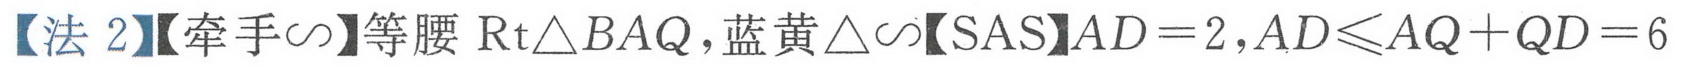
【法 2】【牵手\(\sim\)】等腰\(\text{Rt}\triangle BAQ\)，蓝黄\(\triangle\sim\)【SAS】\(AD = 2\)，\(AD\leqslant AQ + QD = 6\)